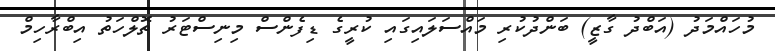
މުހައްމަދު (އަބްދު ގާޒީ) ބަންދުކުރި މައްސަލައިގައި ކުރީގެ ޑިފެންސް މިނިސްޓަރު ތޮލްހަތު އިބްރާހިމް